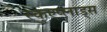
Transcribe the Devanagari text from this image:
स्कुएप्लाड्स